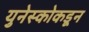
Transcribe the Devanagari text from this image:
युनेस्कोकडून